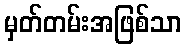
မှတ်တမ်းအဖြစ်သာ